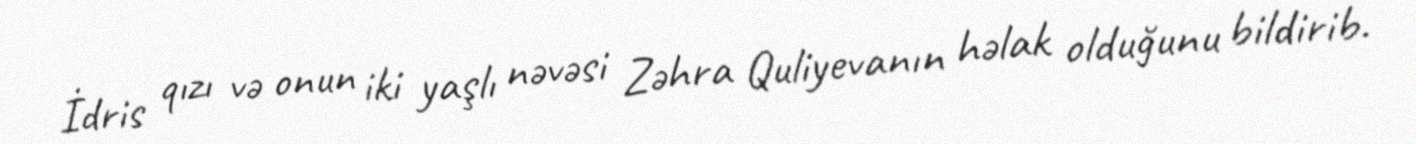
İdris qızı və onun iki yaşlı nəvəsi Zəhra Quliyevanın həlak olduğunu bildirib.